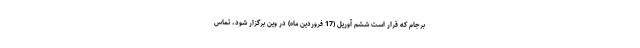
برجام که قرار است ششم آوریل (17 فروردین ماه) در وین برگزار شود، تماس